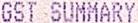
GST SUMMARY